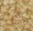
شيء